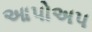
આપોઅપ